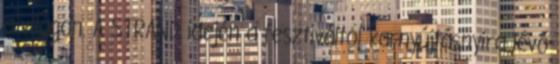
a világon. A STRAND idején a fesztiváltól karnyújtásnyira lévő